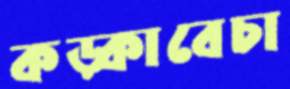
কড়্‌কাবেচা